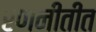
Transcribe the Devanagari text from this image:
रणनीतीत